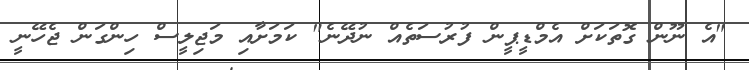
"އެ ނޫން ގޮތަކަށް އެމްޑީޕީން ފުރުސަތެއް ނުދޭނެ" ކަމަށާއި މަޖިލީސް ހިންގަން ޖެހޭނީ